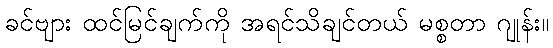
ခင်ဗျား ထင်မြင်ချက်ကို အရင်သိချင်တယ် မစ္စတာ ဂျုန်း။